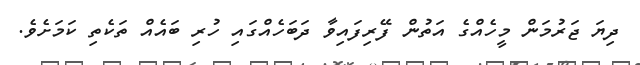
ދިޔަ ޖަރުމަން މީހެއްގެ އަތުން ފޭރިފައިވާ ދަބަހެއްގައި ހުރި ބައެއް ތަކެތި ކަމަށެވެ.